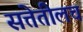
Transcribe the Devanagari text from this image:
सत्तेतीलच